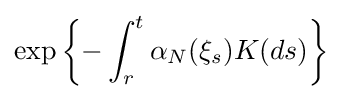
\exp \left\{-\int _{r}^{t}\alpha _{N}(\xi _{s})K(ds)\right\}